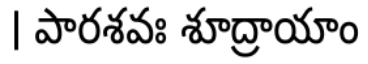
। పారశవః శూద్రాయాం